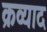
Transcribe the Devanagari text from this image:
क्रव्याद